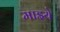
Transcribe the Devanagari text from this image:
माझ्ये